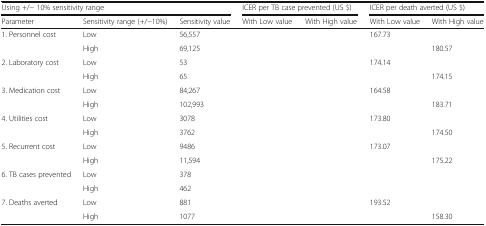
<table><thead><tr><td colspan="3"><b>Using +/− 10% sensitivity range</b></td><td colspan="2"><b>ICER per TB case prevented (US $)</b></td><td colspan="2"><b>ICER per death averted (US $)</b></td></tr><tr><td><b>Parameter</b></td><td><b>Sensitivity range (+/−10%)</b></td><td><b>Sensitivity value</b></td><td><b>With Low value</b></td><td><b>With High value</b></td><td><b>With Low value</b></td><td><b>With High value</b></td></tr></thead><tbody><tr><td rowspan="2">1. Personnel cost</td><td>Low</td><td>56,557</td><td>[EMPTY_CELL]</td><td>[EMPTY_CELL]</td><td>167.73</td><td>[EMPTY_CELL]</td></tr><tr><td>High</td><td>69,125</td><td>[EMPTY_CELL]</td><td>[EMPTY_CELL]</td><td>[EMPTY_CELL]</td><td>180.57</td></tr><tr><td rowspan="2">2. Laboratory cost</td><td>Low</td><td>53</td><td>[EMPTY_CELL]</td><td>[EMPTY_CELL]</td><td>174.14</td><td>[EMPTY_CELL]</td></tr><tr><td>High</td><td>65</td><td>[EMPTY_CELL]</td><td>[EMPTY_CELL]</td><td>[EMPTY_CELL]</td><td>174.15</td></tr><tr><td rowspan="2">3. Medication cost</td><td>Low</td><td>84,267</td><td>[EMPTY_CELL]</td><td>[EMPTY_CELL]</td><td>164.58</td><td>[EMPTY_CELL]</td></tr><tr><td>High</td><td>102,993</td><td>[EMPTY_CELL]</td><td>[EMPTY_CELL]</td><td>[EMPTY_CELL]</td><td>183.71</td></tr><tr><td rowspan="2">4. Utilities cost</td><td>Low</td><td>3078</td><td>[EMPTY_CELL]</td><td>[EMPTY_CELL]</td><td>173.80</td><td>[EMPTY_CELL]</td></tr><tr><td>High</td><td>3762</td><td>[EMPTY_CELL]</td><td>[EMPTY_CELL]</td><td>[EMPTY_CELL]</td><td>174.50</td></tr><tr><td rowspan="2">5. Recurrent cost</td><td>Low</td><td>9486</td><td>[EMPTY_CELL]</td><td>[EMPTY_CELL]</td><td>173.07</td><td>[EMPTY_CELL]</td></tr><tr><td>High</td><td>11,594</td><td>[EMPTY_CELL]</td><td>[EMPTY_CELL]</td><td>[EMPTY_CELL]</td><td>175.22</td></tr><tr><td rowspan="2">6. TB cases prevented</td><td>Low</td><td>378</td><td>[EMPTY_CELL]</td><td>[EMPTY_CELL]</td><td>[EMPTY_CELL]</td><td>[EMPTY_CELL]</td></tr><tr><td>High</td><td>462</td><td>[EMPTY_CELL]</td><td>[EMPTY_CELL]</td><td>[EMPTY_CELL]</td><td>[EMPTY_CELL]</td></tr><tr><td rowspan="2">7. Deaths averted</td><td>Low</td><td>881</td><td>[EMPTY_CELL]</td><td>[EMPTY_CELL]</td><td>193.52</td><td>[EMPTY_CELL]</td></tr><tr><td>High</td><td>1077</td><td>[EMPTY_CELL]</td><td>[EMPTY_CELL]</td><td>[EMPTY_CELL]</td><td>158.30</td></tr></tbody></table>